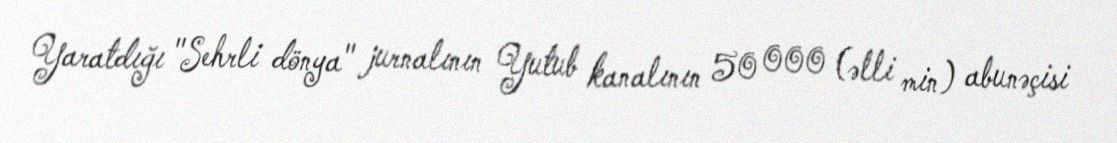
Yaratdığı "Sehrli dönya" jurnalının Yutub kanalının 50 000 (əlli min) abunəçisi